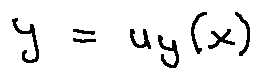
y = u _ { y } ( x )